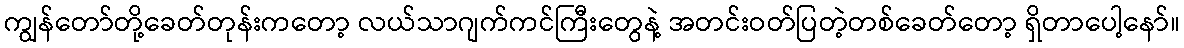
ကျွန်တော်တို့ခေတ်တုန်းကတော့ လယ်သာဂျက်ကင်ကြီးတွေနဲ့ အတင်းဝတ်ပြတဲ့တစ်ခေတ်တော့ ရှိတာပေါ့နော်။